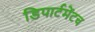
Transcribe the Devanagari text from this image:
डिपार्टमेंटच